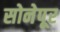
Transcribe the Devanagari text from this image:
सोनेपूर